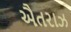
ઐતરાઝ